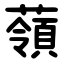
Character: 䕘